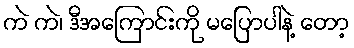
ကဲ ကဲ၊ ဒီအကြောင်းကို မပြောပါနဲ့ တော့